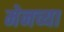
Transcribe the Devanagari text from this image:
मेनच्या